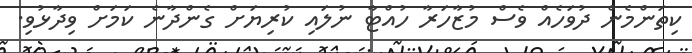
ކިތަންމެން ދުވަހެއް ވެސް މުޒާހަރާ ހުއްޓާ ނުލައި ކުރިޔަށް ގެންދާނެ ކަމަށް ވިދާޅުވި.